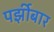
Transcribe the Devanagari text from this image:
पर्झीबार